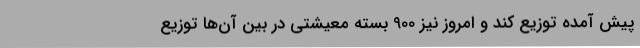
پیش آمده توزیع کند و امروز نیز 900 بسته معیشتی در بین آن‌ها توزیع